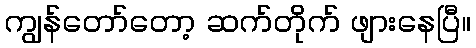
ကျွန်တော်တော့ ဆက်တိုက် ဖျားနေပြီ။